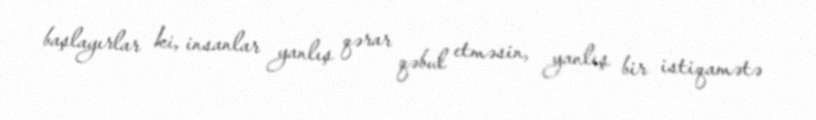
başlayırlar ki, insanlar yanlış qərar qəbul etməsin, yanlış bir istiqamətə